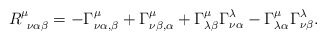
\begin{align*}R^\mu _{~\nu \alpha \beta} = - \Gamma ^\mu _{\nu \alpha , \beta }+ \Gamma ^\mu _{\nu \beta , \alpha }+ \Gamma ^\mu _{\lambda \beta} \Gamma^\lambda _{\nu \alpha}- \Gamma ^\mu _{\lambda \alpha } \Gamma^\lambda _{\nu \beta} .\end{align*}